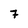
Character: 7